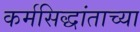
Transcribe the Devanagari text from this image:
कर्मसिद्धांताच्या